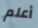
أعلم